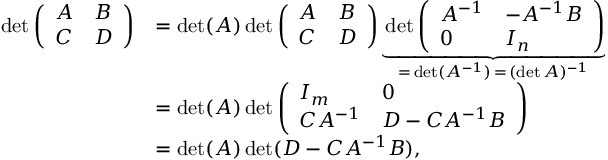
{ \begin{array} { r l } { \operatorname* { d e t } { \left( \begin{array} { l l } { A } & { B } \\ { C } & { D } \end{array} \right) } } & { = \operatorname* { d e t } ( A ) \operatorname* { d e t } { \left( \begin{array} { l l } { A } & { B } \\ { C } & { D } \end{array} \right) } \underbrace { \operatorname* { d e t } { \left( \begin{array} { l l } { A ^ { - 1 } } & { - A ^ { - 1 } B } \\ { 0 } & { I _ { n } } \end{array} \right) } } _ { = \, \operatorname* { d e t } ( A ^ { - 1 } ) \, = \, ( \operatorname* { d e t } A ) ^ { - 1 } } } \\ & { = \operatorname* { d e t } ( A ) \operatorname* { d e t } { \left( \begin{array} { l l } { I _ { m } } & { 0 } \\ { C A ^ { - 1 } } & { D - C A ^ { - 1 } B } \end{array} \right) } } \\ & { = \operatorname* { d e t } ( A ) \operatorname* { d e t } ( D - C A ^ { - 1 } B ) , } \end{array} }